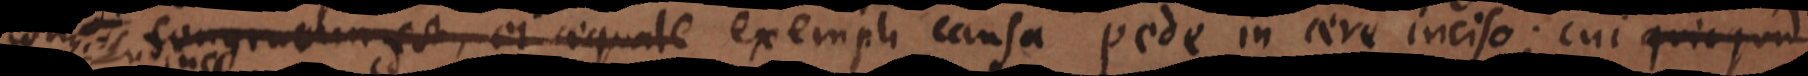
st, ei aequale di exempli causa pede in aere inciso; cui quicquid